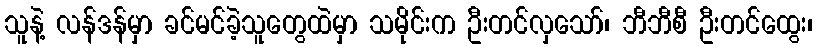
သူနဲ့ လန်ဒန်မှာ ခင်မင်ခဲ့သူတွေထဲမှာ သမိုင်းက ဦးတင်လှသော်၊ ဘီဘီစီ ဦးတင်ထွေး၊